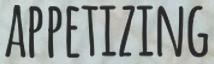
APPETIZING